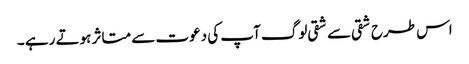
اس طرح شقی سے شقی لوگ آپ کی دعوت سے متاثر ہوتے رہے ۔